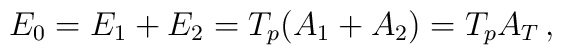
E_0=E_1 + E_2 =T_p(A_1+A_2)=T_pA_T\,,